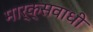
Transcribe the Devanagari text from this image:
मार्क्सवाधी